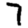
Digit: 7